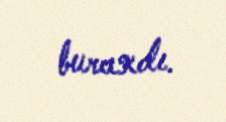
buraxdı.